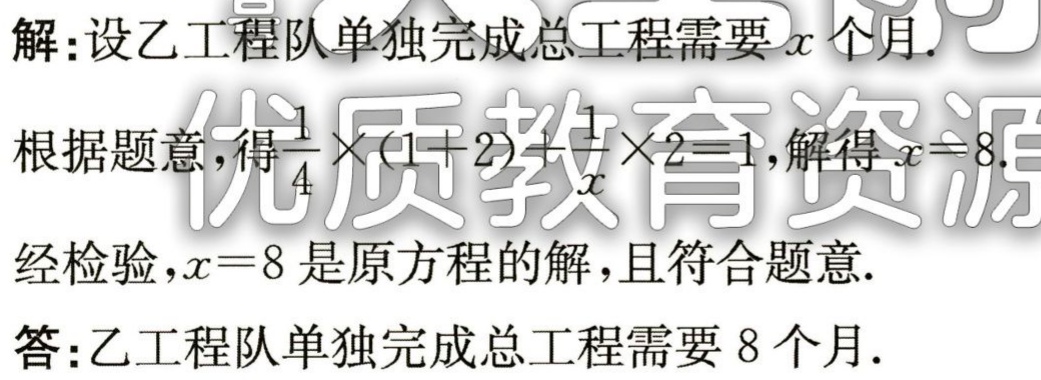
解：设乙工程队单独完成总工程需要\(x\)个月.

根据题意，得\(\frac{1}{4}\times(1 + 2)+\frac{1}{x}\times2 = 1\)，解得\(x = 8\).

经检验，\(x = 8\)是原方程的解，且符合题意.

答：乙工程队单独完成总工程需要\(8\)个月.